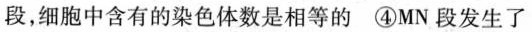
段，细胞中含有的染色体数是相等的 ④MN段发生了